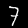
Label: 7